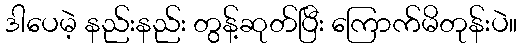
ဒါပေမဲ့ နည်းနည်း တွန့်ဆုတ်ပြီး ကြောက်မိတုန်းပဲ။